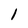
Character: 1